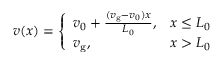
v ( x ) = \left\{ \begin{array} { l l } { v _ { 0 } + \frac { ( v _ { \mathrm { g } } - v _ { 0 } ) x } { L _ { 0 } } , } & { x \le L _ { 0 } } \\ { v _ { \mathrm { g } } , } & { x > L _ { 0 } } \end{array} \right.